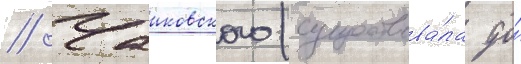
// Чаиковского (существова́ла до́